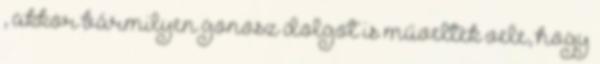
, akkor bármilyen gonosz dolgot is műveltek vele, hogy